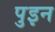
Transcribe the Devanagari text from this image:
पुइन